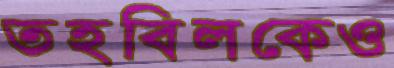
তহবিলকেও